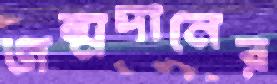
জন্মদানের